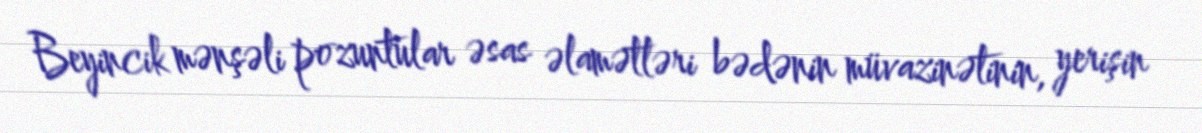
Beyincik mənşəli pozuntular əsas əlamətləri bədənin müvazinətinin, yerişin